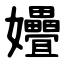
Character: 㜼